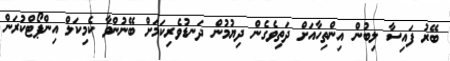
ބޭރު ފައިސާ ލިބުން އިންތިހާއަށް ދަތިވެގެން ދިޔުމުން ދަނޑުވެރިކަމަށް ބޭނުންވާ ކެމިކަލް އިންޕޯޓްކުރަން